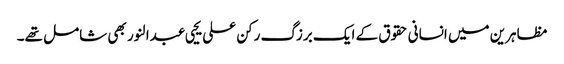
مظاہرین میں انسانی حقوق کے ایک برزگ رکن علی یحیی عبدالنور بھی شامل تھے۔